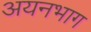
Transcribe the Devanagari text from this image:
अयनभाग